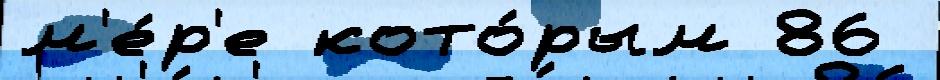
м'е́р'е кото́рым 86